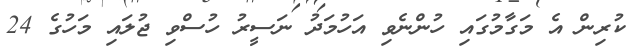
ކުރިން އެ މަގާމުގައި ހުންނެވި އަހުމަދު ނަސީރު ހުސްވި ޖުލައި މަހުގެ 24